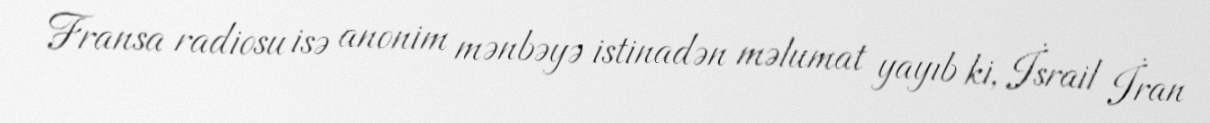
Fransa radiosu isə anonim mənbəyə istinadən məlumat yayıb ki, İsrail İran